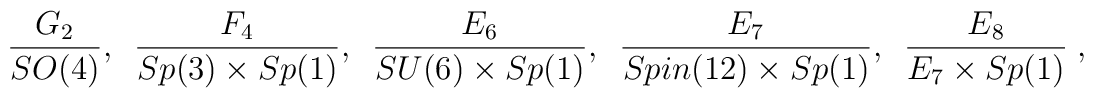
\frac{G_2}{SO(4)}, \,\,\, \frac{F_4}{Sp(3)\times Sp(1)}, \,\,\, \frac{E_6}{SU(6)\times Sp(1)}, \,\,\, \frac{E_7}{Spin(12)\times Sp(1)}, \,\,\, \frac{E_8}{E_7\times Sp(1)}\ ,